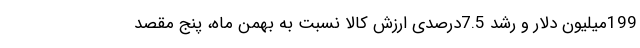
199میلیون دلار و رشد 7.5درصدی ارزش کالا نسبت به بهمن ماه، پنج مقصد